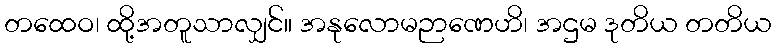
တထေဝ၊ ထို့အတူသာလျှင်။ အနုလောမဉာဏေဟိ၊ အဌမ ဒုတိယ တတိယ